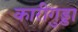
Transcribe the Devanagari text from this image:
कारीगुड्डा